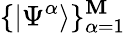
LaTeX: \{ |\Psi^{\alpha}\rangle\} _{\alpha=1}^{\mathbf{M}}